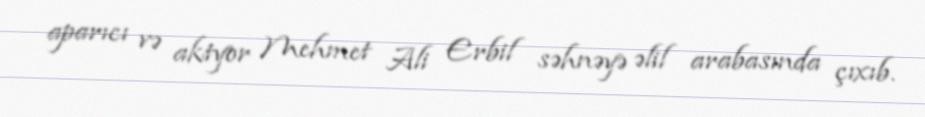
aparıcı və aktyor Mehmet Ali Erbil səhnəyə əlil arabasında çıxıb.